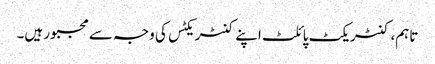
تاہم، کنٹریکٹ پائلٹ اپنے کنٹریکٹس کی وجہ سے مجبور ہیں۔